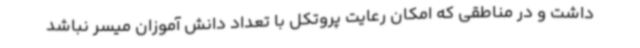
داشت و در مناطقی که امکان رعایت پروتکل با تعداد دانش آموزان میسر نباشد